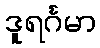
ဒူရင်္ဂမာ